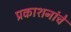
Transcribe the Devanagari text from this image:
प्रकाशनांचे